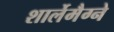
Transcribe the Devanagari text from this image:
शार्लेमैग्ने